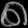
Digit: ၈